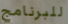
للبرنامج